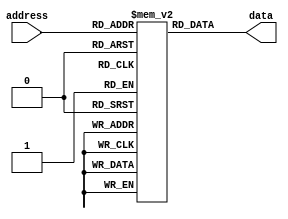
module OTP_ROM (input [address_width-1:0] address,
                output reg [data_width-1:0] data);

parameter address_width = 8; // number of bits for the address input
parameter data_width = 8; // number of bits for the data output
parameter mem_size = 2**address_width; // total number of memory locations

reg [data_width-1:0] memory [0:mem_size-1]; // array to store memory contents

// Initializing memory contents during manufacturing
initial begin
    // Your initialization code here
end

// Address decoding logic to select memory location based on input address
always @ (address) begin
    data <= memory[address];
end

endmodule